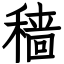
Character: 穑